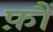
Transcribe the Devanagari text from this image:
फ़ौं